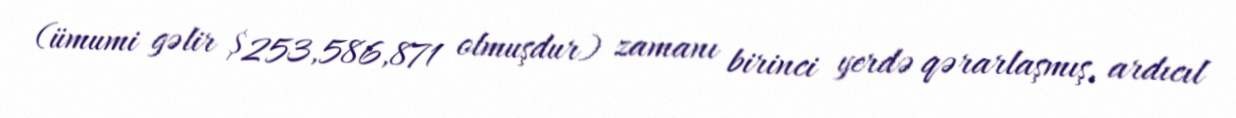
(ümumi gəlir $253,586,871 olmuşdur) zamanı birinci yerdə qərarlaşmış, ardıcıl